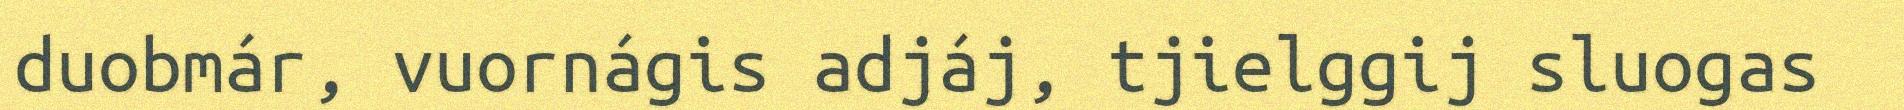
duobmár, vuornágis adjáj, tjielggij sluogas